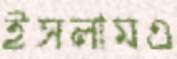
ইসলামএ